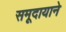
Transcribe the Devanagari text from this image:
समूदायाने